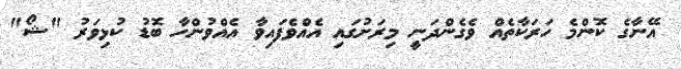
އޭނާގެ ކޮންމެ ހަރަކާތެއް ވެގެންދަނީ މިރަށުގައި އެއްވެފައިވާ އެއްވުންހާ ބޮޑު ކުޅިވަރު "ޝޯ"